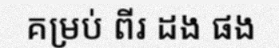
គម្រប់ ពីរ ដង ផង